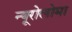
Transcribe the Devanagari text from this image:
न्यूरोलोमा